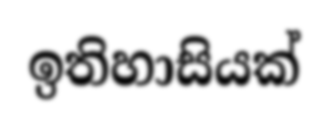
ඉතිහාසියක්